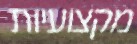
מקצועיות